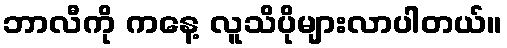
ဘာလီကို ကနေ့ လူသိပိုများလာပါတယ်။